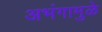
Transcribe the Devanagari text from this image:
अभंगामुळे